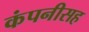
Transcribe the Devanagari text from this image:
कंपनीसह